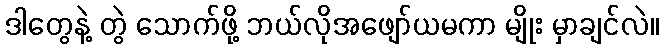
ဒါတွေနဲ့ တွဲ သောက်ဖို့ ဘယ်လိုအဖျော်ယမကာ မျိုး မှာချင်လဲ။